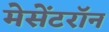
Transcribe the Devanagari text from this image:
मेसेंटरॉन